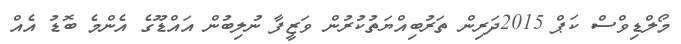
މޯލްޑިވްސް ކަޕް 2015ދަރިން ތަރުބިއްޔަތުކުރުން ވަޒީފާ ނުލިބުން އައްޑޫގެ އެންމެ ބޮޑު އެއް